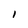
Character: I